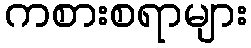
ကစားစရာများ